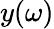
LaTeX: y(\omega)